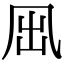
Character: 𠘼